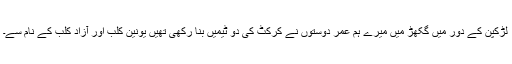
لڑکپن کے دور میں گکھڑ میں میرے ہم عمر دوستوں نے کرکٹ کی دو ٹیمیں بنا رکھی تھیں یونین کلب اور آزاد کلب کے نام سے۔